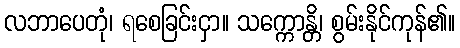
လဘာပေတုံ၊ ရစေခြင်းငှာ။ သက္ကောန္တိ၊ စွမ်းနိုင်ကုန်၏။